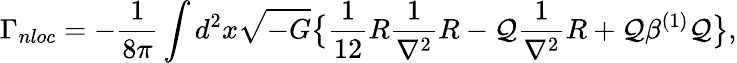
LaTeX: \Gamma_{nloc}=-{\frac{1}{8\pi}}\int d^{2}x\sqrt{-G}\big\{ {\frac{1}{12}}R{\frac{1}{\nabla^{2}}}R-{\cal Q}{\frac{1}{\nabla^{2}}}R+{\cal Q}\beta^{(1)}{\cal Q}\big\} ,